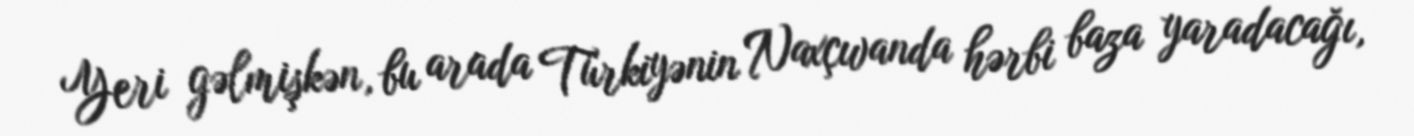
Yeri gəlmişkən, bu arada Türkiyənin Naxçıvanda hərbi baza yaradacağı,